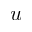
u